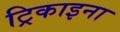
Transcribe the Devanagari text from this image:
ट्रिकाइना